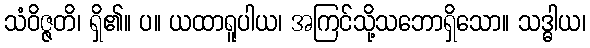
သံဝိဇ္ဇတိ၊ ရှိ၏။ ပ။ ယထာရူပါယ၊ အကြင်သို့သဘောရှိသော။ သဒ္ဓါယ၊